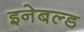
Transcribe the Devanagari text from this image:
इनेबल्ड